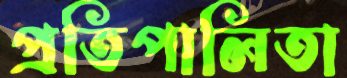
প্রতিপালিতা